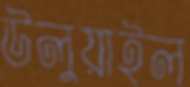
উলুয়াইল